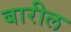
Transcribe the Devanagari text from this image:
बारील